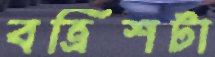
বত্রিশটা